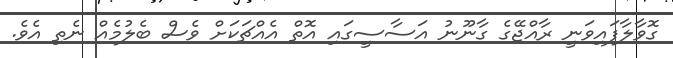
ގޮވާލާފައިވަނީ ރާއްޖޭގެ ގާނޫނު އަސާސީގައި އޮތް އެއްޗަކަށް ވެސް ބެލުމެއް ނެތި އެވެ.